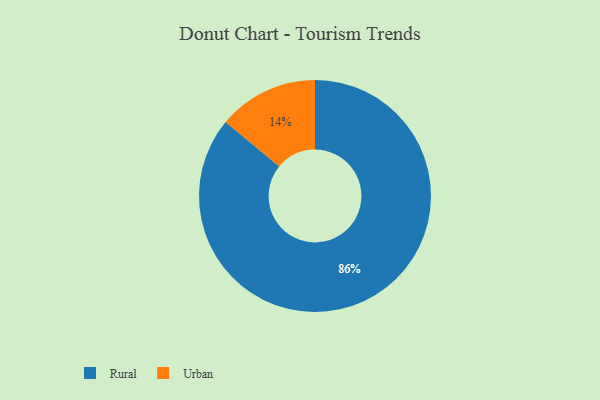
{"axis": {"x": "Category", "y": "Percentage"}, "legend": ["Rural", "Urban"], "data": [{"x": "Urban", "y": 14, "type": "Urban"}, {"x": "Rural", "y": 86, "type": "Rural"}]}